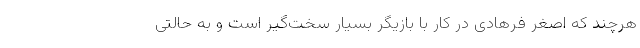
هرچند که اصغر فرهادی در کار با بازیگر بسیار سخت‌گیر است و به حالتی